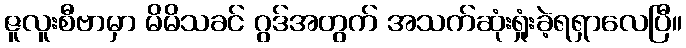
ဇူလူးစီဗာမှာ မိမိသခင် ဂွဒ်အတွက် အသက်ဆုံးရှုံးခဲ့ရရှာလေပြီ။